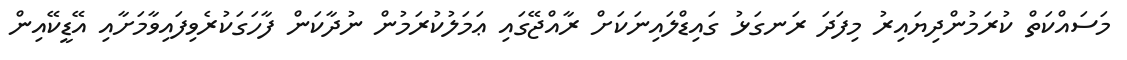
މަސައްކަތް ކުރަމުންދިޔައިރު މިފަދަ ރަނގަޅު ގައިޑްލައިނަކަށް ރާއްޖޭގައި ޢަމަލުކުރަމުން ނުދާކަން ފާހަގަކުރެވިފައިވާމަށާއި އޭޑީކޭއިން